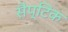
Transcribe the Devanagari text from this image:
सैप्टिक